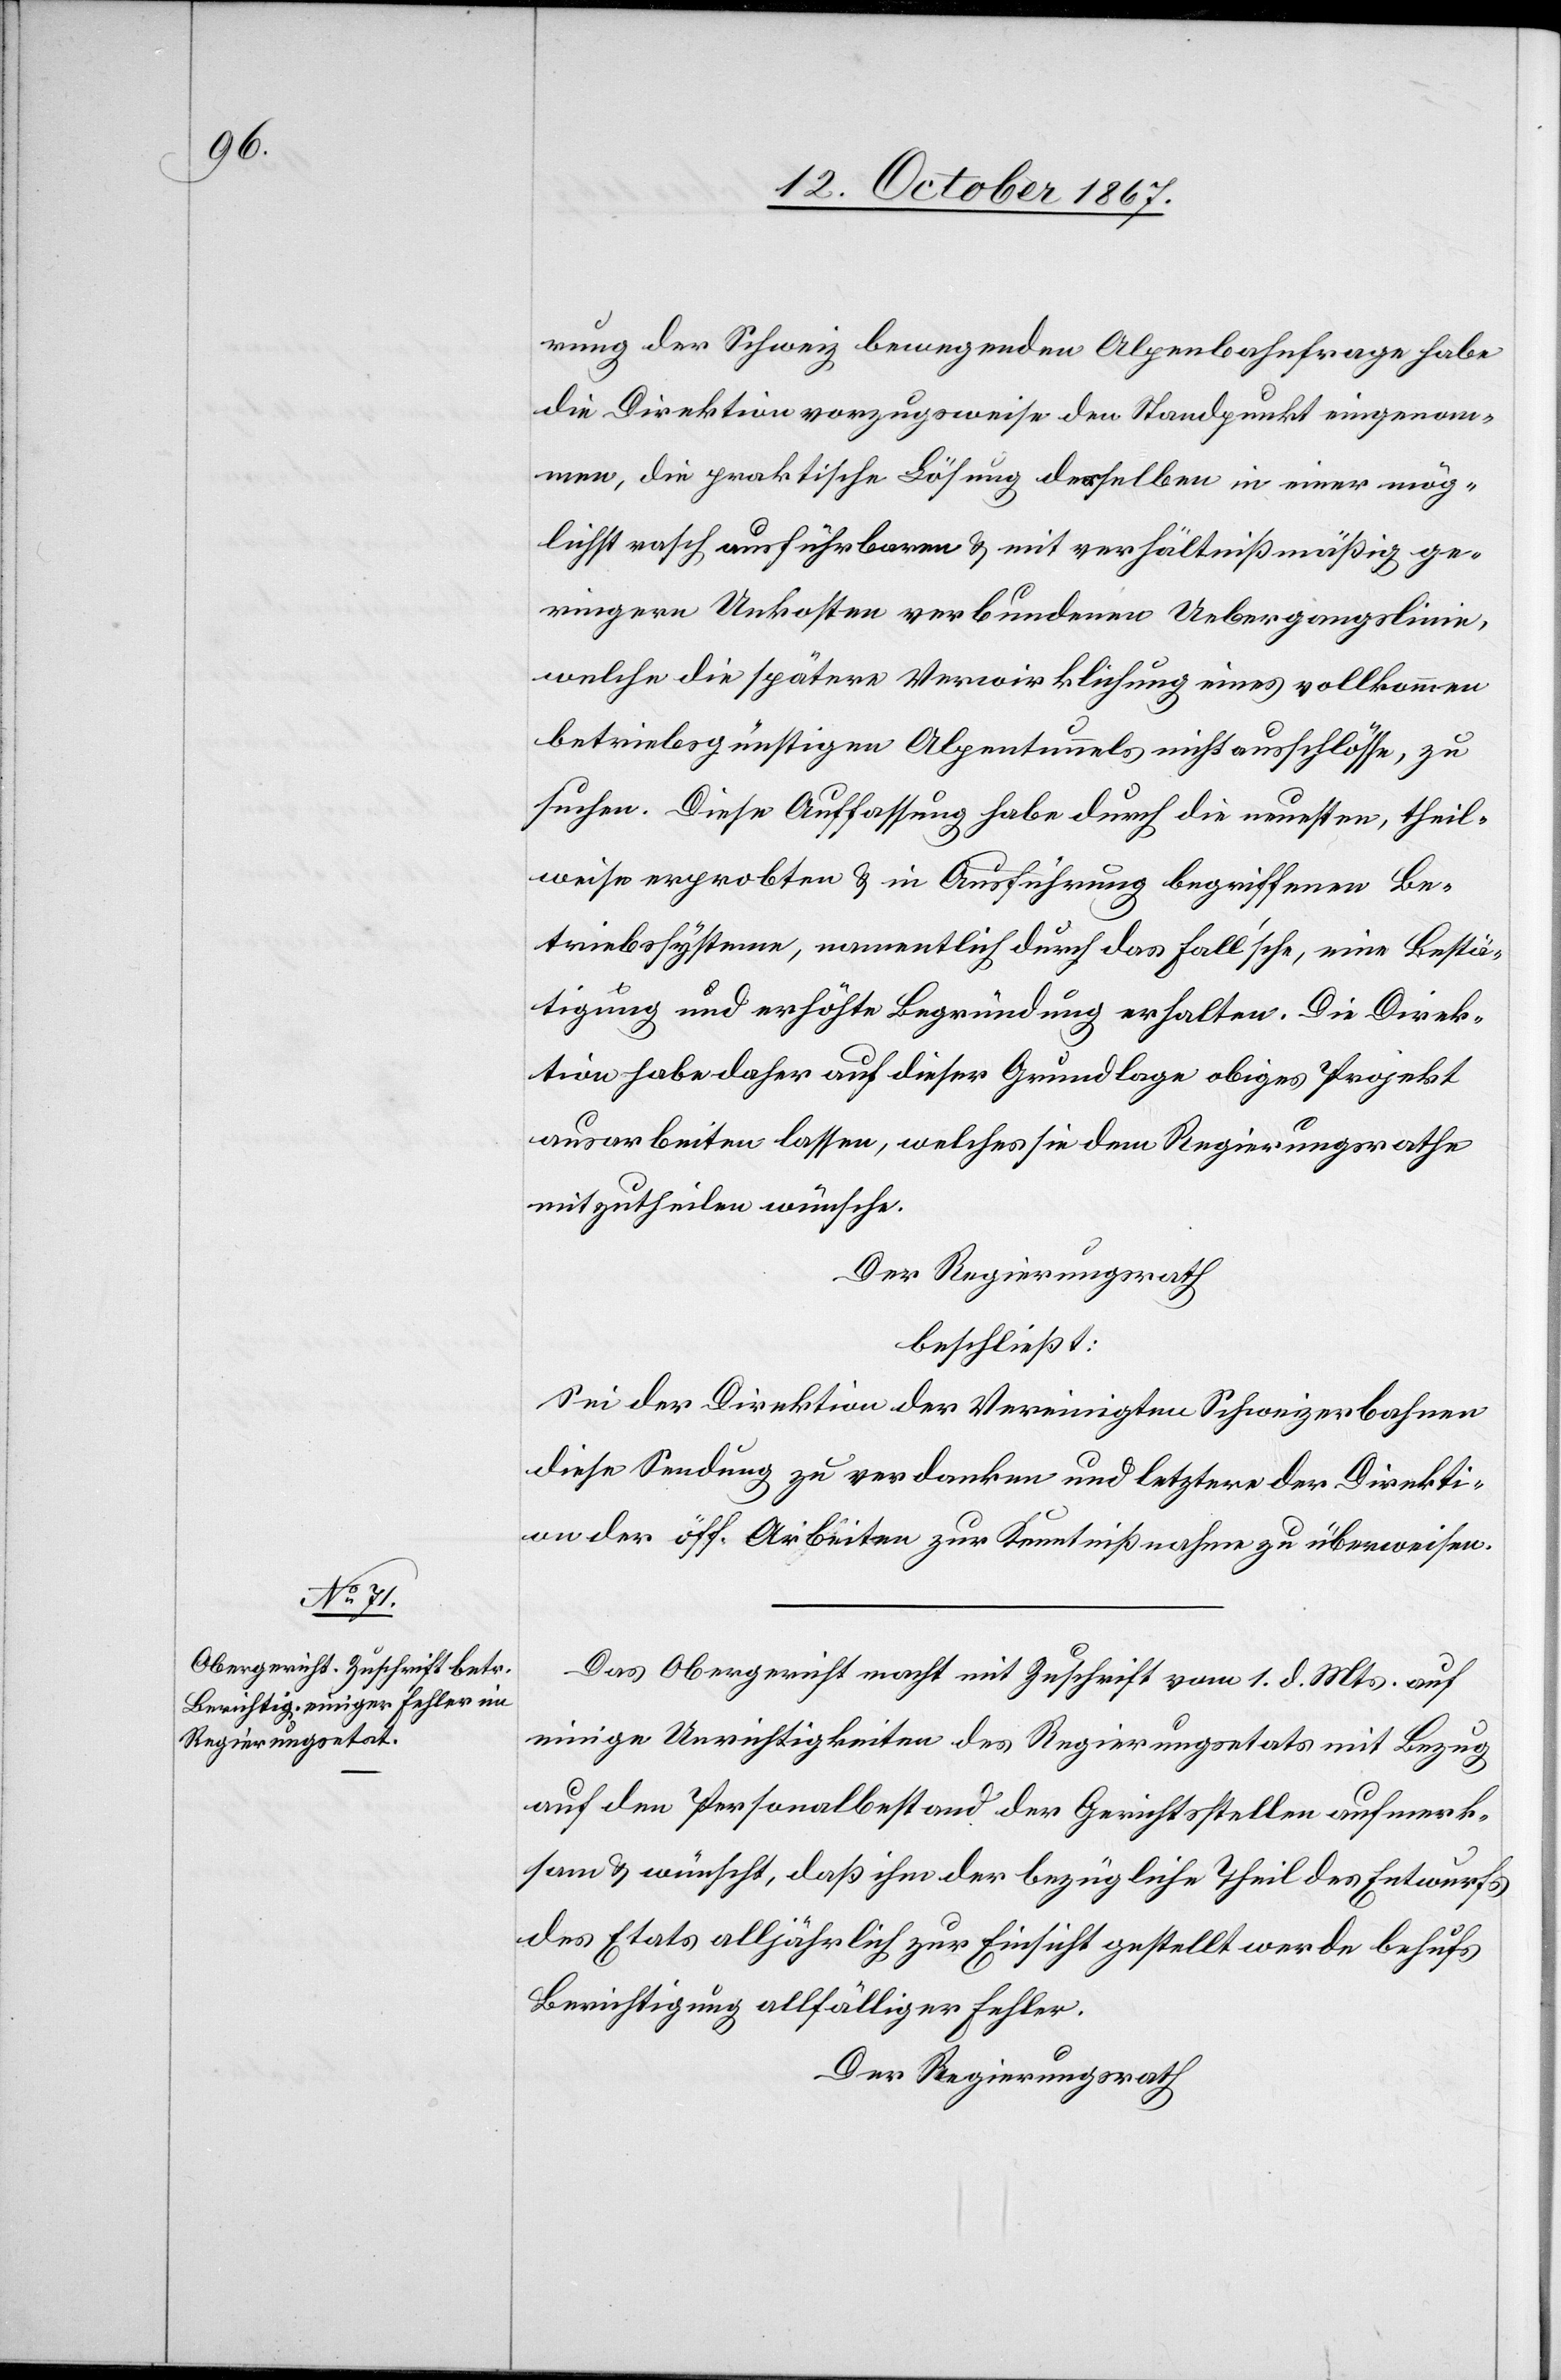
rung der Schweiz bewegenden Alpenbahnfrage habe
die Direktion vorzugsweise den Standpunkt eingenom¬
men, die praktische Lösung derselben in einer mög¬
lichst rasch ausführbaren u. mit verhältnißmäsig ge¬
ringern Unkosten verbundenen Uebergangslinie,
welche die spätere Verwirklichung eines vollkommen
betriebsgünstigen Alpentunnels nichts ausschlösse, zu
suchen. Diese Auffassung habe durch die neuesten, theil¬
weise erpropten u. in Ausführung begriffenen Be¬
triebssysteme, namentlich durch das Fall’sche, eine Bestä¬
tigung und erhöhte Begründung erhalten. Die Direk¬
tion habe daher auf dieser Grundlage obiges Projekt
ausarbeiten lassen, welches sie dem Regierungsrathe
mitzutheilen wünsche.
Der Regierungsrath
beschließt:
Sei der Direktion der Vereinigten Schweizerbahnen
diese Sendung zu verdanken und letztere der Direkti¬
on der öff. Arbeiten zur Kenntnißnahme zu überweisen.
Das Obergericht macht mit Zuschrift vom 1. d. Mts. auf
einige Unrichtigkeiten des Regierungsetats mit Bezug
auf den Personalbestand der Gerichtsstellen aufmerk¬
sam u. wünscht, daß ihm der bezügliche Theil des Entwurfs
des Etats alljährlich zur Einsicht gestellt werde behufs
Berichtigung allfälliger Fehler.
Der Regierungsrath